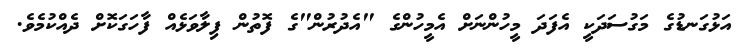
އަޅުގަނޑުގެ މަގުސަދަކީ އެފަދަ މީހުންނަށް އެމީހުންގެ "އެދުރުން"ގެ ފޮތުން ފިލާވަޅެއް ފާހަގަކޮށް ދެއްކުމެވެ.